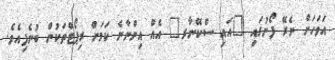
އަވަހަށް ނެރޭ ފޯނުގައި "އައި ސްކޭނާރ" އެއް އިންނާނެ ކަމަށް ރިޕޯޓްތަކުން ބުނެފިއެވެ.